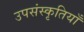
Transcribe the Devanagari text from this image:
उपसंस्कृतियाँ